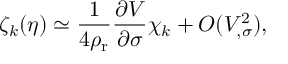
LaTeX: \zeta _ { k } ( \eta ) \simeq \frac { 1 } { 4 \rho _ { \mathrm { r } } } \frac { \partial V } { \partial \sigma } \chi _ { k } + { \cal O } ( V _ { , \sigma } ^ { 2 } ) ,